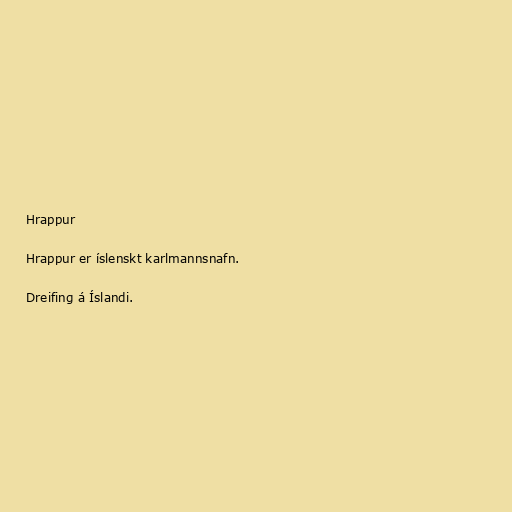
Hrappur

Hrappur er íslenskt karlmannsnafn.

Dreifing á Íslandi.